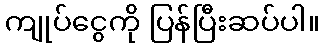
ကျုပ်ငွေကို ပြန်ပြီးဆပ်ပါ။